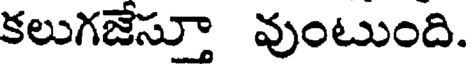
కలుగజేసూ వుంటుంది.